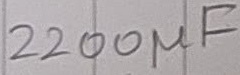
Text: 2200µF